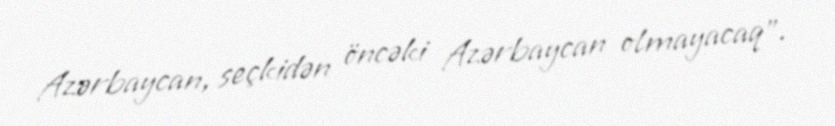
Azərbaycan, seçkidən öncəki Azərbaycan olmayacaq”.